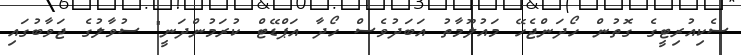
ސެކިއުރިޓީގެ ގޮތުން ހޯދަންޖެހޭ މައުލޫމާތު އަބަދުވެސް ހޯދާ އަޕްޑޭޓް ކުރަމުންދަނީ" ސުވާލުގެ ޖަވާބުގައި